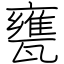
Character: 甕